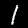
Label: 1